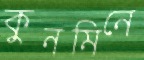
কুনমিনে